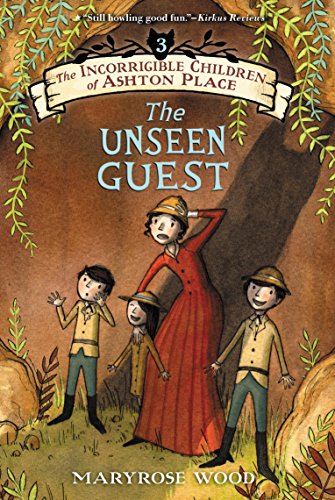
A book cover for The Incorrigible Children of Ashton Place: Book III: The Unseen Guest; Maryrose Wood; Children's Books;